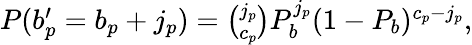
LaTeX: \begin{array}{r}{P(b_{p}^{\prime}=b_{p}+j_{p})=\binom{j_{p}}{c_{p}}P_{b}^{j_{p}}(1-P_{b})^{c_{p}-j_{p}},}\end{array}